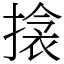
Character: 搇